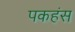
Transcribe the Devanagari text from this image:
पकहंस